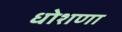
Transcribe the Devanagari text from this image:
धोशणा